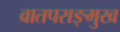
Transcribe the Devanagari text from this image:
वातपराङ्‌मुख